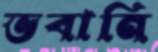
ভবানি